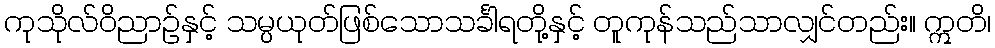
ကုသိုလ်ဝိညာဉ်နှင့် သမ္ပယုတ်ဖြစ်သောသင်္ခါရတို့နှင့် တူကုန်သည်သာလျှင်တည်း။ ဣတိ၊